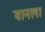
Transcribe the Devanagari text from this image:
वानला